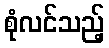
စုံလင်သည့်